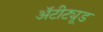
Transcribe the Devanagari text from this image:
अॅटीट्यूड